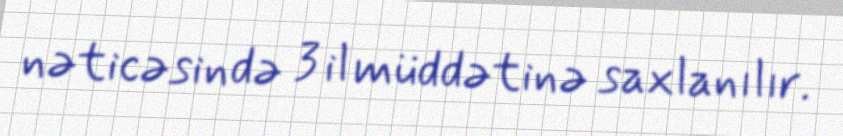
nəticəsində 3 il müddətinə saxlanılır.